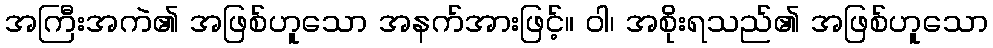
အကြီးအကဲ၏ အဖြစ်ဟူသော အနက်အားဖြင့်။ ဝါ၊ အစိုးရသည်၏ အဖြစ်ဟူသော